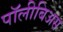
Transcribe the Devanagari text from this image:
पॉलीबिअस